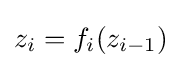
z_{i}=f_{i}(z_{i-1})